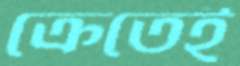
ক্রেতেই